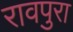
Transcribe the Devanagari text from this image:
रावपुरा